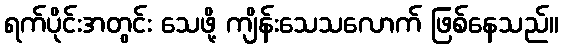
ရက်ပိုင်းအတွင်း သေဖို့ ကျိန်းသေသလောက် ဖြစ်နေသည်။